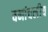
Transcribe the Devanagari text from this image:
वनांचलीय